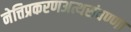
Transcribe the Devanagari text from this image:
नेत्तिप्रकरणअत्थसंवण्णा